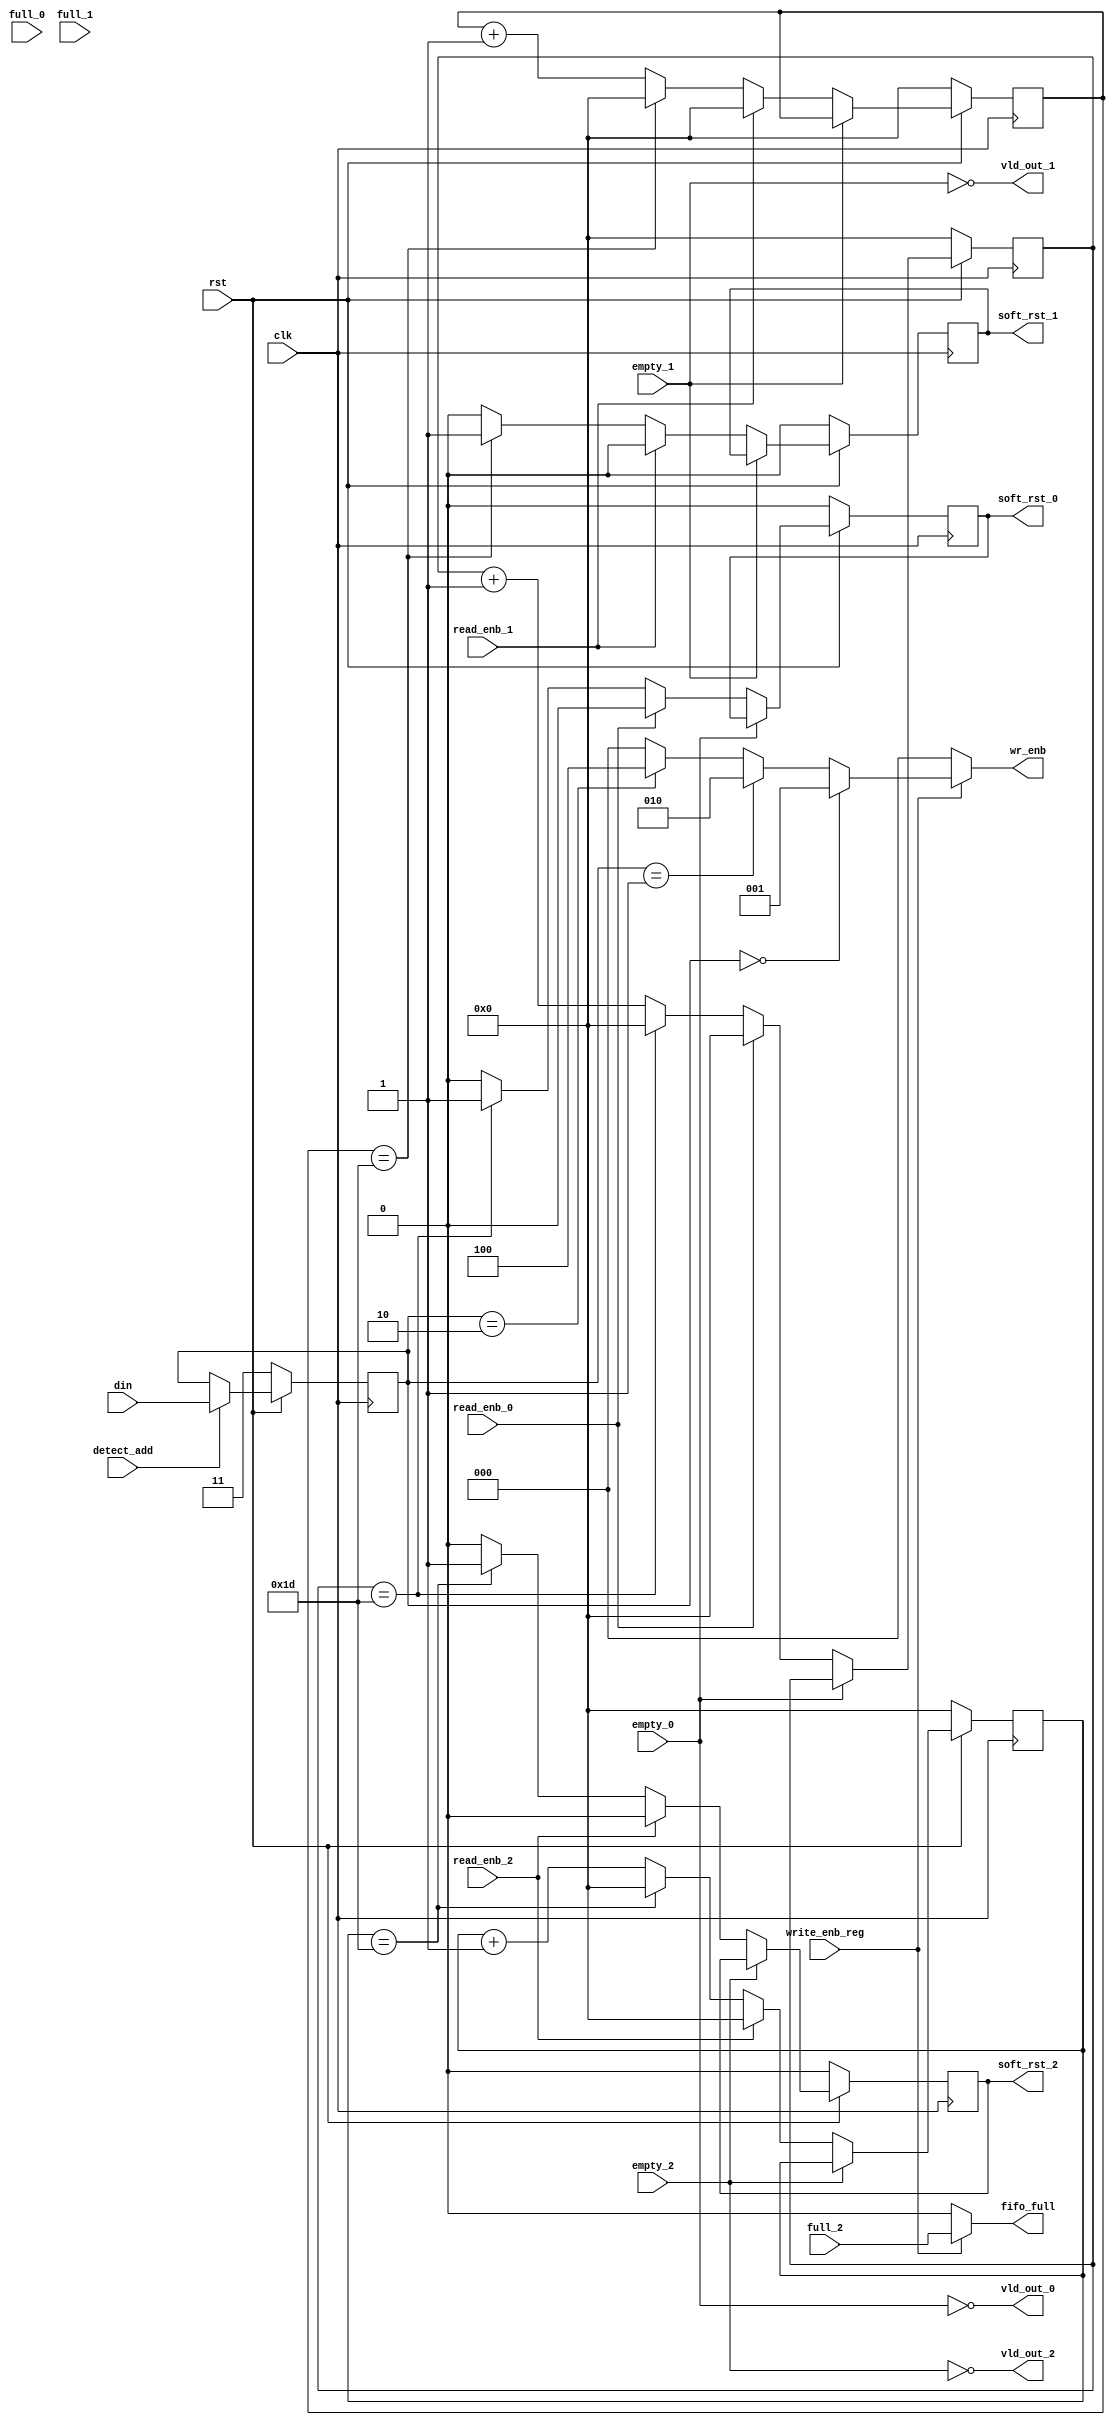
module router_sync(input detect_add, write_enb_reg, clk, rst,

input read_enb_0, read_enb_1, read_enb_2, empty_0,empty_1,empty_2,

input full_0, full_1, full_2,

input [1:0]din,

output reg[2:0] wr_enb,

output reg fifo_full, soft_rst_0,soft_rst_1,soft_rst_2,

output vld_out_0,vld_out_1,vld_out_2);



// internal variables

reg[4:0] count_0,count_1,count_2;

reg[1:0] temp; 



always@(posedge clk) begin

if (!rst)

temp <= 2'b11;

else

if (detect_add == 1)

temp <= din;

end



// to generate write enable signals

always@(*) begin 

wr_enb = 3'b000;

if (write_enb_reg) begin

if (temp == 2'b00) begin

wr_enb  =3'b001;

fifo_full = full_0;

end

else if ( temp == 2'b01) begin

wr_enb = 3'b010;

fifo_full = full_1;

end

else if (temp == 2'b10) 

wr_enb = 3'b100;

fifo_full = full_2;

end

else 

begin

wr_enb = 3'b000;

fifo_full = 1'b0;

end

end

/*timer logic  and soft reset

for count_0*/

always @(posedge clk)

begin

if(!rst)

begin

count_0<=0 ;

soft_rst_0<=0;

end

else if(vld_out_0)

begin

if (read_enb_0)

begin

soft_rst_0<=0;

count_0<=0 ;

end

else if(!read_enb_0)

begin if (count_0==29)

begin

soft_rst_0 <=1;

count_0 <=0;

end

else

begin

soft_rst_0<=0;

count_0<=count_0+1'b1 ;

end

end

end

end

//for count_1

always @(posedge clk)

begin

if(!rst)

begin

count_1<=0 ;

soft_rst_1<=0;

end

else if(vld_out_1)

begin

if (read_enb_1)

begin

soft_rst_1<=0;

count_1<=0 ;

end

else if(!read_enb_1)

begin if (count_1==29)

begin

soft_rst_1<=1;

count_1<=0;

end

else

begin

soft_rst_1<=0;

count_1<=count_1+1'b1 ;

end

end

end

end



//for count_2

always @(posedge clk)

begin

if(!rst)

begin

count_2<=0 ;

soft_rst_2<=0;

end

else if(vld_out_2)

begin

if (read_enb_2)

begin

soft_rst_2<=0;

count_2<=0 ;

end

else if(!read_enb_2)

begin if (count_2==29)

begin

soft_rst_2<=1;

count_2<=0;

end

else

begin

soft_rst_2<=0;

count_2<=count_2+1'b1 ;

end

end

end

end



// vld_out_ signals



assign vld_out_0 = ~empty_0;

assign vld_out_1 = ~empty_1;

assign vld_out_2 = ~empty_2;



endmodule